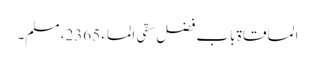
المساقاۃ باب فضل سقی الماء 2365، مسلم۔